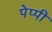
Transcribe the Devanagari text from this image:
पेप्पी